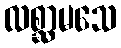
လစ္ဆာမသေ